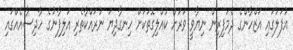
އުފަލުގައި އަޒްހާންގެ ދެމަފިރިން ނިޔާވީ ވަރަށް ކުއްލިގޮތަކަށް ހިނގާދިޔަ ނުރައްކާތެރި އަލިފާނުގެ ހާދިސާއެއްގައި